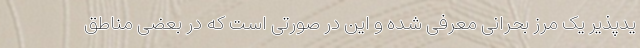
یدپذیر یک مرز بحرانی معرفی شده و این در صورتی است که در بعضی مناطق